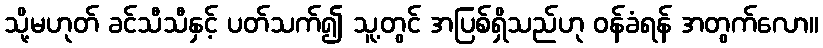
သို့မဟုတ် ခင်သီသီနှင့် ပတ်သက်၍ သူ့တွင် အပြစ်ရှိသည်ဟု ဝန်ခံရန် အတွက်လော။